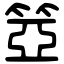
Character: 𥮳